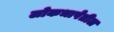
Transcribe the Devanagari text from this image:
लोकभाषेतील